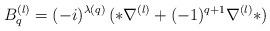
LaTeX: \begin{align*}B_q^{(l)}=(-i)^{\lambda(q)}\,(*\nabla^{(l)}+(-1)^{q+1}\nabla^{(l)}*)\end{align*}